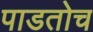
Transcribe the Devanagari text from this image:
पाडतोच